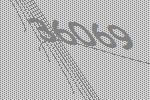
36069